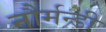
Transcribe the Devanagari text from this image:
नौर्मन्डी